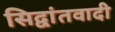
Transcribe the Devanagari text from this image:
सिद्वांतवादी